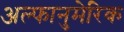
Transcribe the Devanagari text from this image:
अल्फानुमेरिक